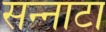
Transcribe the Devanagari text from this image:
सन्‍नाटा